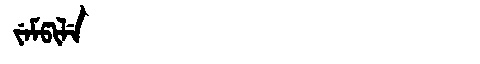
Manchu: ᠵᡝᠮᡦᡳᠯᡝ
Romanization: JEMPILE